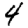
Digit: 4